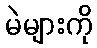
မဲများကို